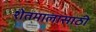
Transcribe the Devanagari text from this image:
शेतमालासाठी